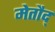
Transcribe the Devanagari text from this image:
मेतौद्